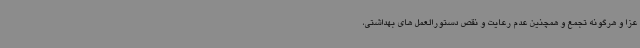
عزا و هرگونه تجمع و همچنین عدم رعایت و نقص دستورالعمل های بهداشتی،